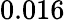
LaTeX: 0.016